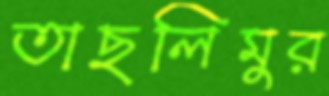
তাছলিমুর